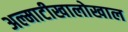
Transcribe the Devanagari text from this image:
अल्माटीखालोखाल